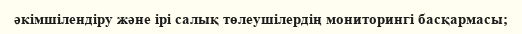
әкімшілендіру және ірі салық төлеушілердің мониторингі басқармасы;